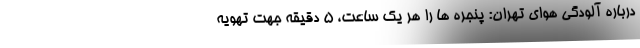
درباره آلودگی هوای تهران: پنجره ها را هر یک ساعت، ۵ دقیقه جهت تهویه